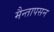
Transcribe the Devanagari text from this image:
मैन्तापसन